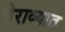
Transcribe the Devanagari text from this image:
पेराव्यात